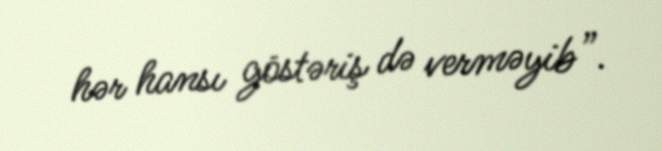
hər hansı göstəriş də verməyib”.